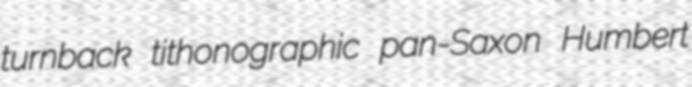
turnback tithonographic pan-Saxon Humbert